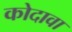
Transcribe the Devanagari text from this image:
कोदावा